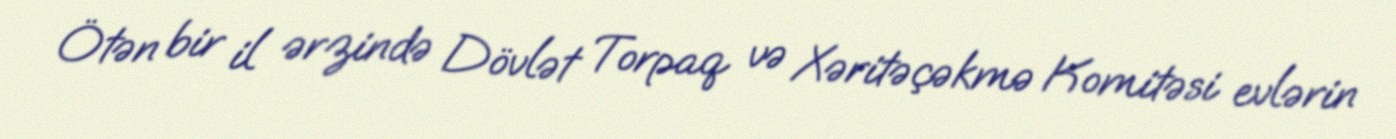
Ötən bir il ərzində Dövlət Torpaq və Xəritəçəkmə Komitəsi evlərin